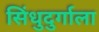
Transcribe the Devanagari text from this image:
सिंधुदुर्गाला